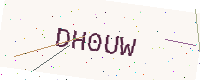
Text: DH0UW